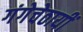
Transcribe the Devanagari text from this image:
गंगेचेठायीं